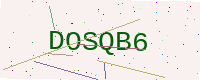
Text: DOSQB6